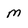
Character: m